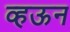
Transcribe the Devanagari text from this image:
व्हऊन